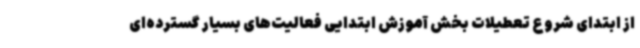
از ابتدای شروع تعطیلات بخش آموزش ابتدایی فعالیت‌های بسیار گسترده‌ای